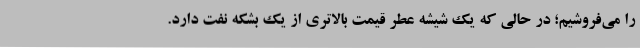
را می‌فروشیم؛ در حالی که یک شیشه عطر قیمت بالاتری از یک بشکه نفت دارد.